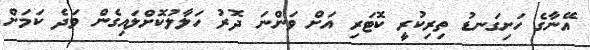
އޭނާގެ ހަށިގަނޑު ތިރިކުރީ ކޮޓަރި އަށް ވަންނަ ދޮރު ހަލާލުކޮށްލައިގެން ވަދެ ކަމަށް